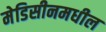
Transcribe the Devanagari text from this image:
मेडिसीनमधील